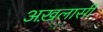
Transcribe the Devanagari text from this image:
अख़लासी